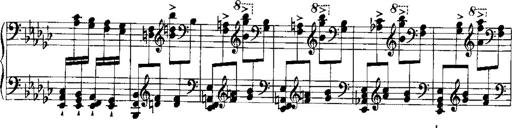
Title: RÃ©miniscences de Norma de Bellini
Composer: Franz Liszt